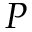
P